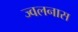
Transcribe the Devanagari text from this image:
ज्वलनास